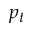
p _ { t }